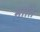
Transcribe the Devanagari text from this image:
माति